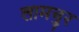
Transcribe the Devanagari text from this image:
लामचुर